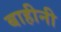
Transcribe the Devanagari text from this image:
बाहीनी